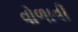
વોળાવી